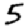
Digit: 5